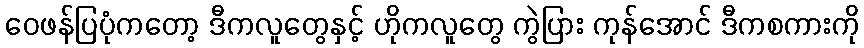
ဝေဖန်ပြပုံကတော့ ဒီကလူတွေနှင့် ဟိုကလူတွေ ကွဲပြား ကုန်အောင် ဒီကစကားကို